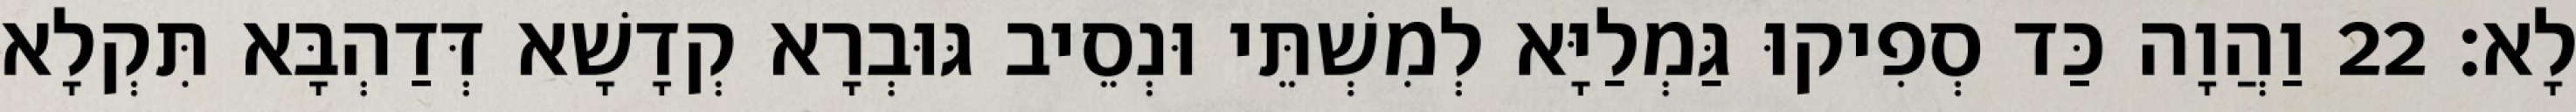
לָא׃ 22 וַהֲוָה כַּד סְפִיקוּ גַּמְלַיָּא לְמִשְׁתֵּי וּנְסֵיב גּוּבְרָא קְדָשָׁא דְּדַהְבָּא תִּקְלָא